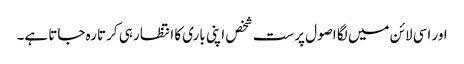
اور اسی لائن میں لگا اصول پرست شخص اپنی باری کا انتظار ہی کرتا رہ جاتا ہے۔